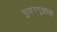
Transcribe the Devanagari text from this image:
पुलनगुझाल